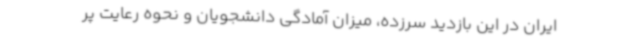
ایران در این بازدید سرزده، میزان آمادگی دانشجویان و نحوه رعایت پر